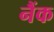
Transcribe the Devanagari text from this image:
नैंक